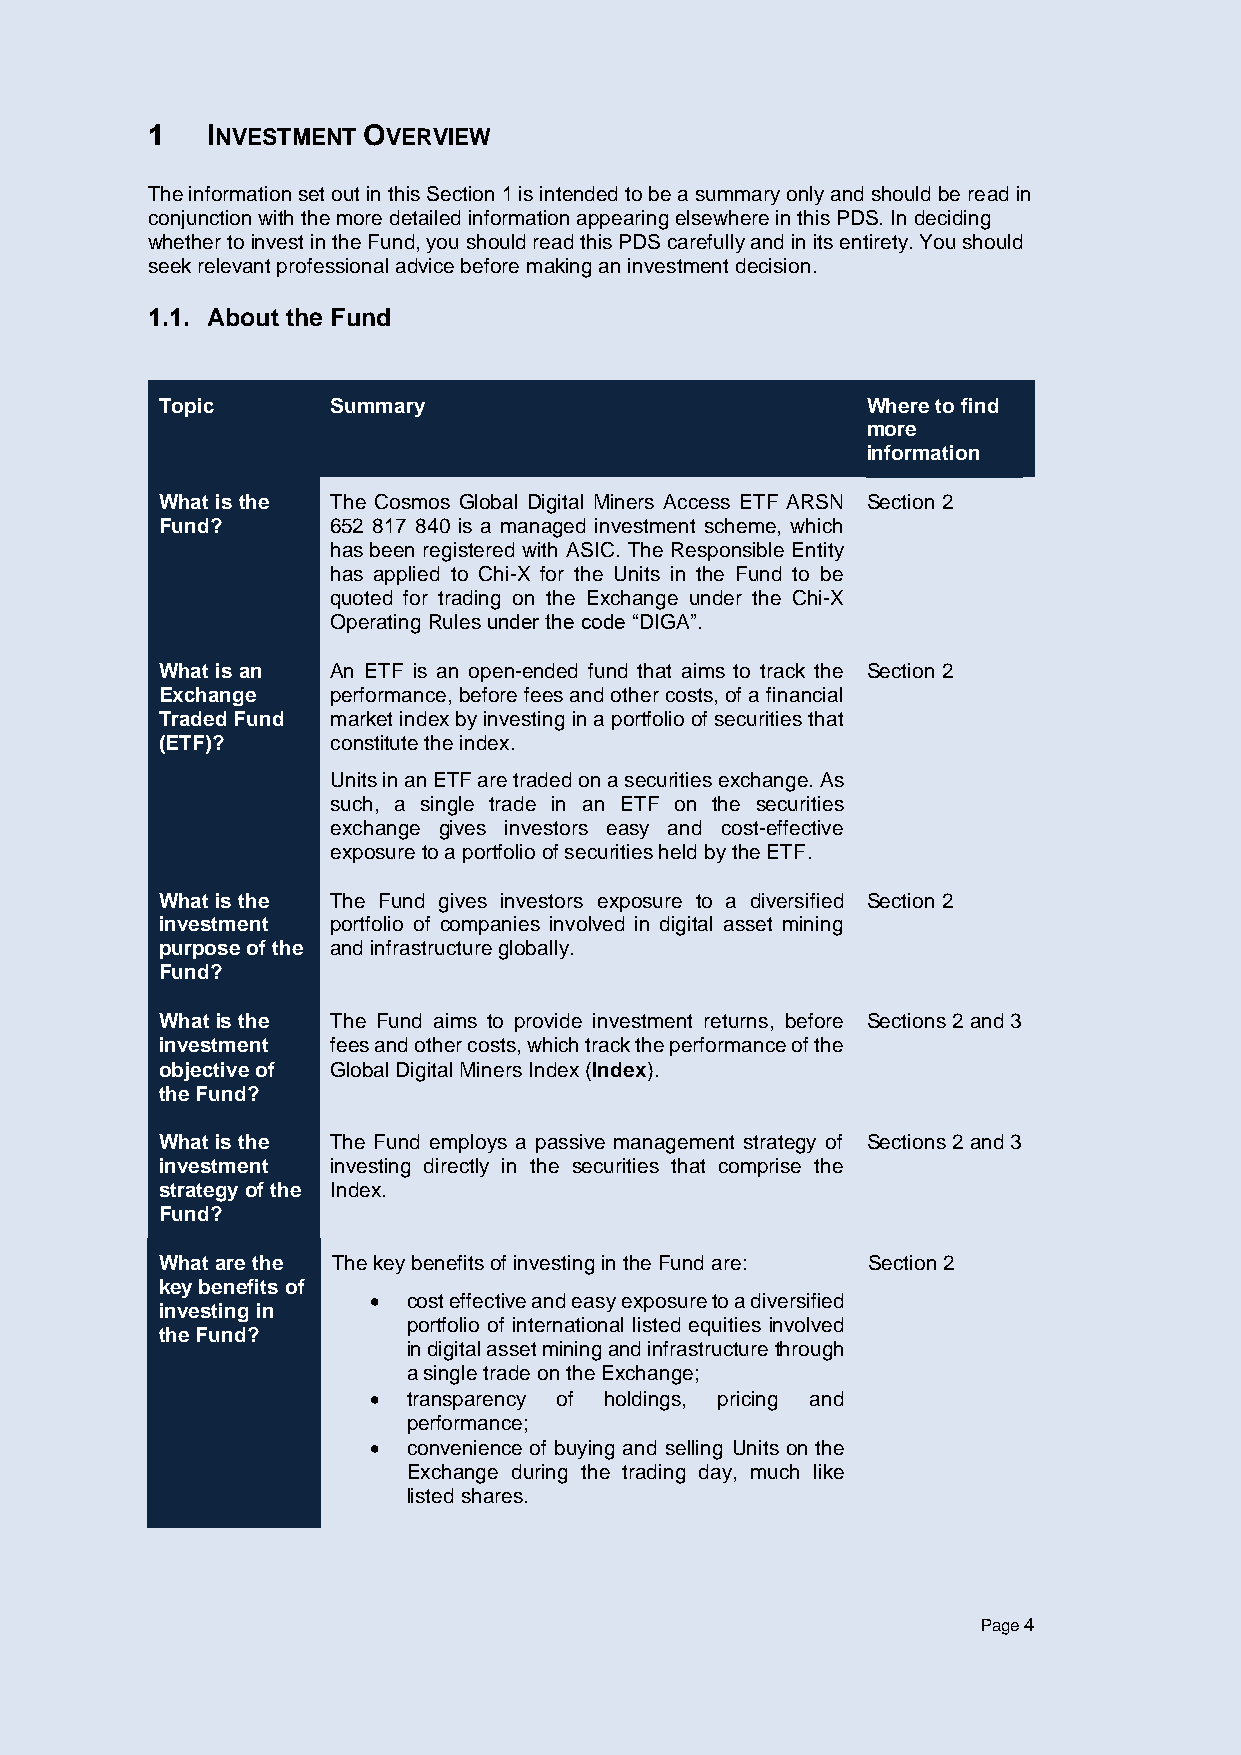
1   INVESTMENT OVERVIEW
 The information set out in this Section 1 is intended to be a summary only and should be read in
 conjunction with the more detailed information appearing elsewhere in this PDS. In deciding
 whether to invest in the Fund, you should read this PDS carefully and in its entirety. You should
 seek relevant professional advice before making an investment decision.
 1.1. About the Fund
 Topic      Summary                            Where to find
 more
 information
 What is the The Cosmos Global Digital Miners Access ETF ARSN Section 2
 Fund?      652 817 840 is a managed investment scheme, which
 has been registered with ASIC. The Responsible Entity
 has applied to Chi-X for the Units in the Fund to be
 quoted for trading on the Exchange under the Chi-X
 Operating Rules under the code “DIGA”.
 What is an An ETF is an open-ended fund that aims to track the Section 2
 Exchange   performance, before fees and other costs, of a financial
 Traded Fund market index by investing in a portfolio of securities that
 (ETF)?     constitute the index.
 Units in an ETF are traded on a securities exchange. As
 such, a single trade in an ETF on the securities
 exchange gives investors easy and cost-effective
 exposure to a portfolio of securities held by the ETF.
 What is the The Fund gives investors exposure to a diversified Section 2
 investment portfolio of companies involved in digital asset mining
 purpose of the and infrastructure globally.
 Fund?
 What is the The Fund aims to provide investment returns, before Sections 2 and 3
 investment fees and other costs, which track the performance of the
 objective of Global Digital Miners Index (Index).
 the Fund?
 What is the The Fund employs a passive management strategy of Sections 2 and 3
 investment investing directly in the securities that comprise the
 strategy of the Index.
 Fund?
 What are the The key benefits of investing in the Fund are: Section 2
 key benefits of
 •  cost effective and easy exposure to a diversified
 investing in
 portfolio of international listed equities involved
 the Fund?
 in digital asset mining and infrastructure through
 a single trade on the Exchange;
 •  transparency of holdings, pricing and
 performance;
 •  convenience of buying and selling Units on the
 Exchange during the trading day, much like
 listed shares.
 Page 4